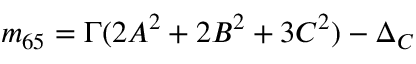
m _ { 6 5 } = \Gamma ( 2 A ^ { 2 } + 2 B ^ { 2 } + 3 C ^ { 2 } ) - \Delta _ { C }